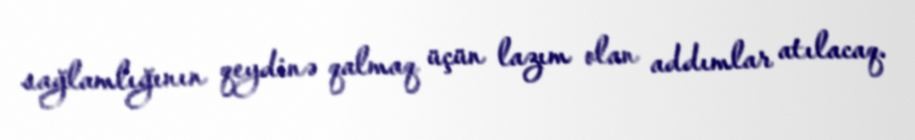
sağlamlığının qeydinə qalmaq üçün lazım olan addımlar atılacaq.